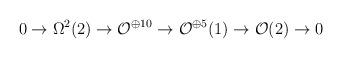
LaTeX: \begin{align*}0\rightarrow \Omega^{2}(2)\rightarrow {\cal O}^{\oplus 10}\rightarrow{\cal O}^{\oplus 5}(1)\rightarrow{\cal O}(2)\rightarrow 0\end{align*}